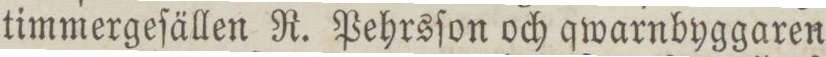
timmergeſällen R. Pehrsſon och qwarnbyggaren